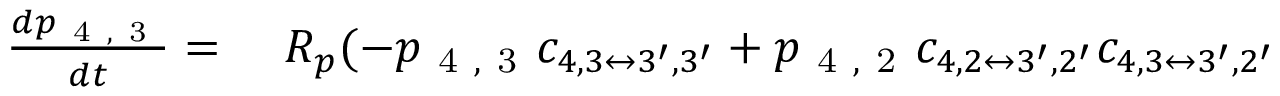
\begin{array} { r l } { \frac { d p _ { \mathrm { ~ 4 ~ , ~ 3 ~ } } } { d t } = } & { { } ~ R _ { p } ( - p _ { \mathrm { ~ 4 ~ , ~ 3 ~ } } c _ { 4 , 3 \leftrightarrow 3 ^ { \prime } , 3 ^ { \prime } } + p _ { \mathrm { ~ 4 ~ , ~ 2 ~ } } c _ { 4 , 2 \leftrightarrow 3 ^ { \prime } , 2 ^ { \prime } } c _ { 4 , 3 \leftrightarrow 3 ^ { \prime } , 2 ^ { \prime } } } \end{array}